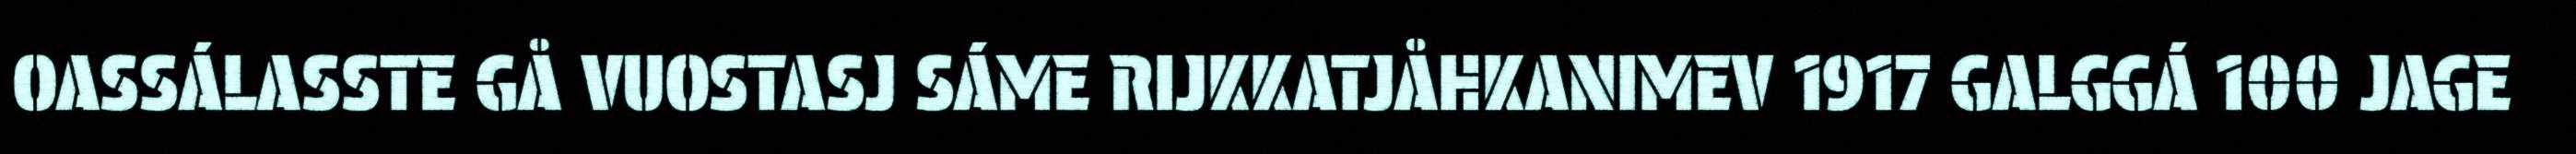
OASSÁLASSTE GÅ VUOSTASJ SÁME RIJKKATJÅHKANIMEV 1917 GALGGÁ 100 JAGE